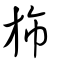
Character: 斾